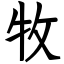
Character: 牧